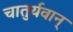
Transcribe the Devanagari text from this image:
चातुर्यवान्